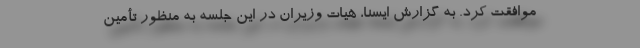
موافقت کرد. به گزارش ایسنا، هیات وزیران در این جلسه به منظور تأمین